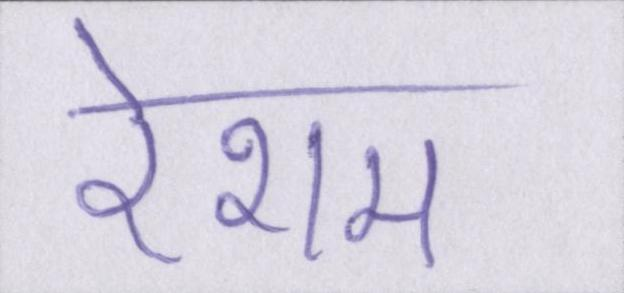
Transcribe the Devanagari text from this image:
रेशम